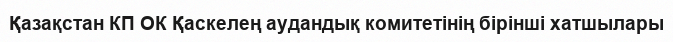
Қазақстан КП ОК Қаскелең аудандық комитетінің бірінші хатшылары